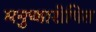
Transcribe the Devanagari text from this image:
मनुष्यारोपित